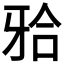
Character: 𬌗